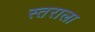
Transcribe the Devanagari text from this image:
स्तराला